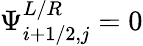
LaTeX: \Psi_{i+1/2,j}^{L/R}=0